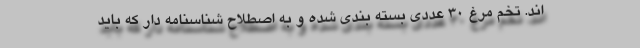
اند. تخم مرغ 30 عددی بسته بندی شده و به اصطلاح شناسنامه دار که باید